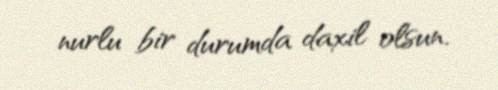
nurlu bir durumda daxil olsun.